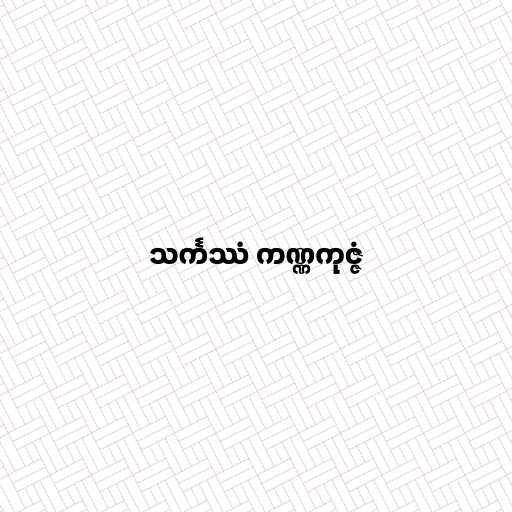
သင်္ကဿံ ကဏ္ဏကုဇ္ဇံ